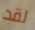
لقد